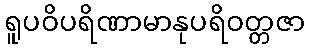
ရူပဝိပရိဏာမာနုပရိဝတ္တဇာ